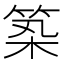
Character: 𥭰